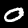
Label: 0